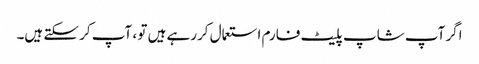
اگر آپ شاپ پلیٹ فارم استعمال کررہے ہیں تو ، آپ کر سکتے ہیں۔